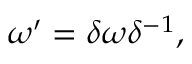
\omega ^ { \prime } = \delta \omega \delta ^ { - 1 } ,